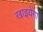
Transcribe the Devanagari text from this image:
खाइयेगा